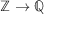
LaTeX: \mathbb { Z } \to \mathbb { Q }